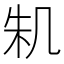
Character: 𠙎